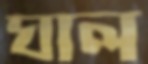
ঘাল